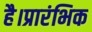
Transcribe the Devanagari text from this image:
है।प्रारंभिक